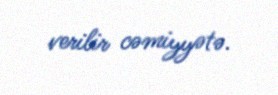
verilir cəmiyyətə.